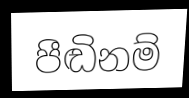
පීඬිනම්